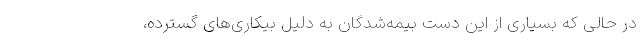
در حالی که بسیاری از این دست بیمه‌شدگان به دلیل بیکاری‌های گسترده،